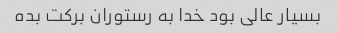
بسیار عالی بود خدا به رستوران برکت بده